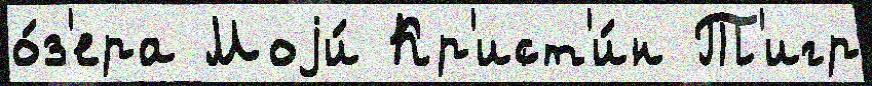
о́з'ера Моjи́ Кр'ист'и́н Т'игр